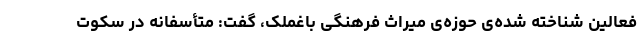
فعالین شناخته شده‌ی حوزه‌ی میراث فرهنگی باغملک، گفت: متأسفانه در سکوت